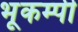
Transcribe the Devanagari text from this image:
भूकम्पी